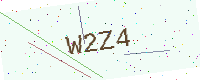
Text: W2Z4